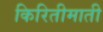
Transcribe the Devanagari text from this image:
किरितीमाती